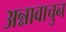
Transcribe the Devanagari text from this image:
अन्नावाचुन